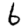
Digit: 6